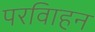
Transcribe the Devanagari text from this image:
परविाहन